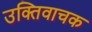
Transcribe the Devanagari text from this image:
उक्तिवाचक